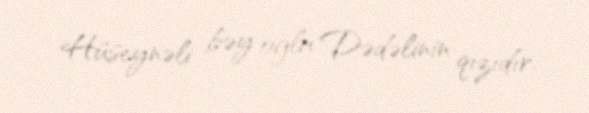
Hüseynəli bəy oğlu Dədəlinin qızıdır.